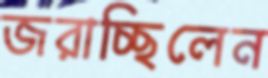
জরাচ্ছিলেন